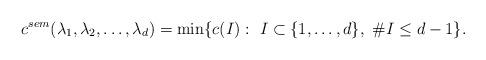
LaTeX: \begin{align*}c^{sem}(\lambda_1,\lambda_2,\dots,\lambda_d)=\min\{c(I):\ I\subset\{1,\ldots, d\}, \ \#I\leq d-1\}.\end{align*}